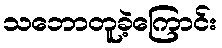
သဘောတူခဲ့ကြောင်း